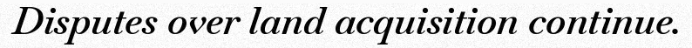
Disputes over land acquisition continue.